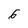
Character: 6